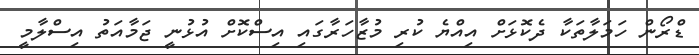
ޑްރޯން ހަމަލާތަކާ ދެކޮޅަށް އިއްޔެ ކުރި މުޒާހަރާގައި އިސްކޮށް އުޅުނީ ޖަމާއަތު އިސްލާމީ